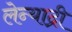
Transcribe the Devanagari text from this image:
लेन्याद्री